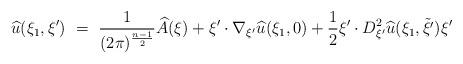
LaTeX: \begin{align*} \widehat{u}(\xi_1,\xi') \ = \ \frac 1{(2\pi)^{\frac {n-1}2}} \widehat A(\xi) + \xi'\cdot\nabla_{\xi'}\widehat{u}(\xi_1,0) + \frac{1}{2}\xi'\cdot D^2_{\xi'}\widehat{u}(\xi_1,\tilde{\xi'})\xi'\end{align*}